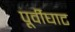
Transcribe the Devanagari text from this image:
पूर्वीघाट